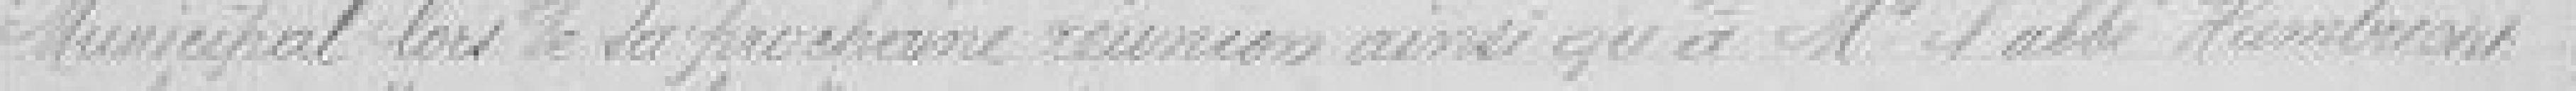
Municipal lors de sa prochaine réunion ainsi qu'à Monsieur l'abbé Humbrecht